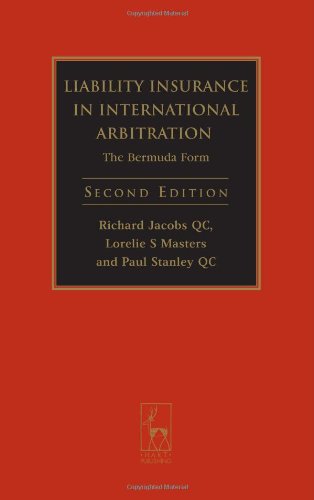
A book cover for Liability Insurance in International Arbitration: The Bermuda Form (Second Edition); Richard Jacobs; Law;